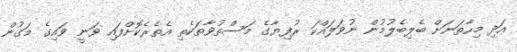
އަދި މިހާތަނަށް ބެލިބެލުމުން ނުވަލައްކަ ރުފިޔާގެ މަސްތުވާތަކެތި އެތެރެކޮށްފައި ވަނީ ވައިގެ މަގުން